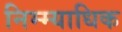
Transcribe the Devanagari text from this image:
निम्म्याधिक